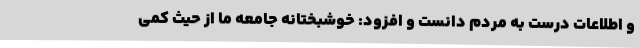
و اطلاعات درست به مردم دانست و افزود: خوشبختانه جامعه ما از حیث کمی